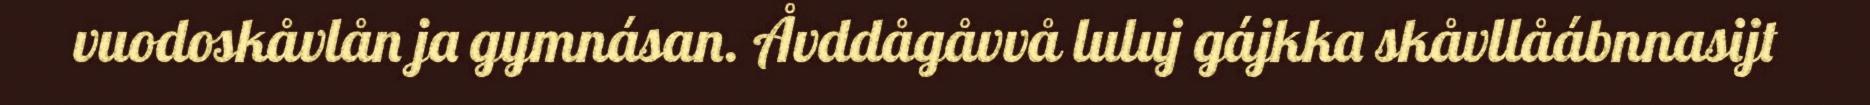
vuodoskåvlån ja gymnásan. Åvddågåvvå luluj gájkka skåvllåábnnasijt